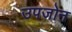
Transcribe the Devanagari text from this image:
उपजोन